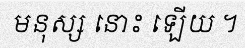
មនុស្ស នោះ ឡើយ ។